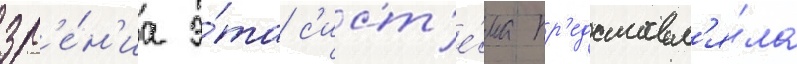
зр'е́н'иа э́та с'ист'е́ма пр'едставл'я́ла